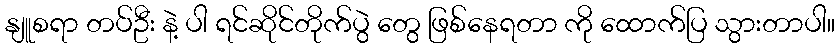
နျူစရာ တပ်ဦး နဲ့ ပါ ရင်ဆိုင်တိုက်ပွဲ တွေ ဖြစ်နေရတာ ကို ထောက်ပြ သွားတာပါ။